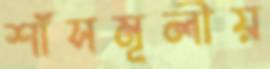
শাঁসমূলীয়